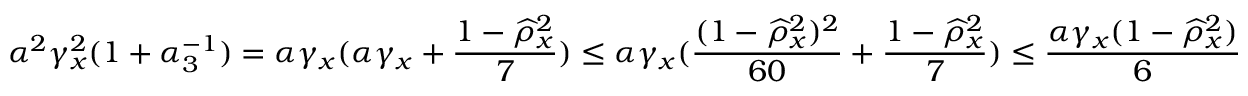
\alpha ^ { 2 } \gamma _ { x } ^ { 2 } ( 1 + \alpha _ { 3 } ^ { - 1 } ) = \alpha \gamma _ { x } ( \alpha \gamma _ { x } + \frac { 1 - \widehat \rho _ { x } ^ { 2 } } { 7 } ) \leq \alpha \gamma _ { x } ( \frac { ( 1 - \widehat \rho _ { x } ^ { 2 } ) ^ { 2 } } { 6 0 } + \frac { 1 - \widehat \rho _ { x } ^ { 2 } } { 7 } ) \leq \frac { \alpha \gamma _ { x } ( 1 - \widehat \rho _ { x } ^ { 2 } ) } { 6 }